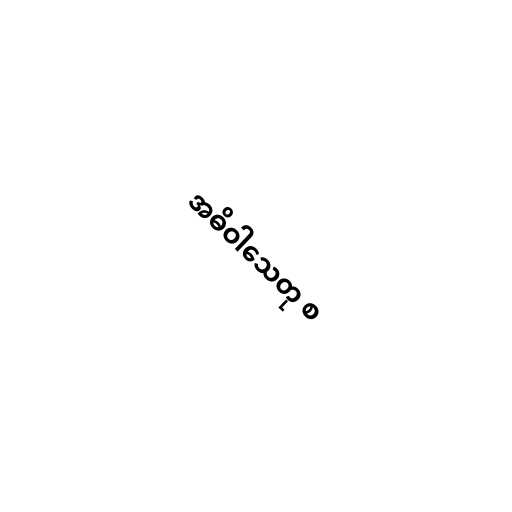
အဓိဝါသေတု စ